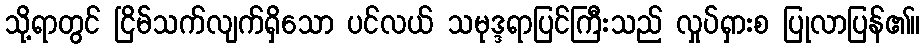
သို့ရာတွင် ငြိမ်သက်လျက်ရှိသော ပင်လယ် သမုဒ္ဒရာပြင်ကြီးသည် လှုပ်ရှားစ ပြုလာပြန်၏။